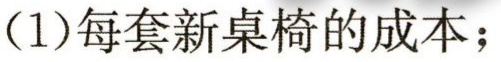
(1)每套新桌椅的成本；